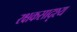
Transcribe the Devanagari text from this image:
रक्षकसादृश्य